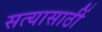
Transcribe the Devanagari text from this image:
सत्यासाठीं